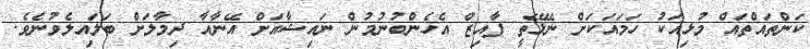
ކަންތައްތައް މުޅިއަކު ހަމައަކަށް ނޭޅޭތީ ފާއިޒް އެހެންބުުނުމުން ނައިޝާއަށް އޭނާއާ ދިމާލަށް ބަލައިލެވުނެވެ.